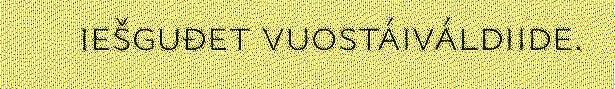
iešguđet vuostáiváldiide.